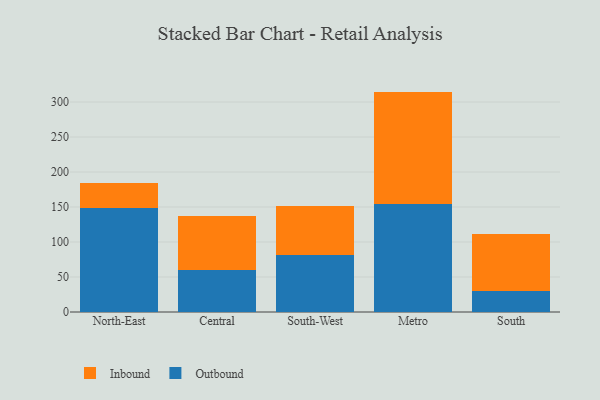
{"axis": {"x": "Region", "y": "Headcount"}, "legend": ["Inbound", "Outbound"], "data": [{"x": "North-East", "y": 148.6, "type": "Outbound"}, {"x": "North-East", "y": 35.4, "type": "Inbound"}, {"x": "Central", "y": 60.6, "type": "Outbound"}, {"x": "Central", "y": 75.9, "type": "Inbound"}, {"x": "South-West", "y": 81.4, "type": "Outbound"}, {"x": "South-West", "y": 70.7, "type": "Inbound"}, {"x": "Metro", "y": 154.7, "type": "Outbound"}, {"x": "Metro", "y": 160.2, "type": "Inbound"}, {"x": "South", "y": 30.2, "type": "Outbound"}, {"x": "South", "y": 80.8, "type": "Inbound"}]}